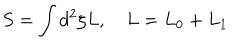
LaTeX: S = \int d ^ { 2 } \zeta L , ~ L = L _ { 0 } + L _ { 1 }